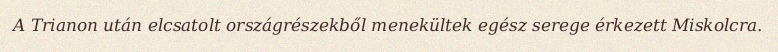
A Trianon után elcsatolt országrészekből menekültek egész serege érkezett Miskolcra.